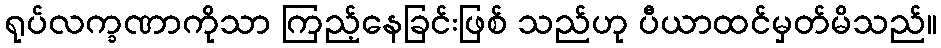
ရုပ်လက္ခဏာကိုသာ ကြည့်နေခြင်းဖြစ် သည်ဟု ပီယာထင်မှတ်မိသည်။